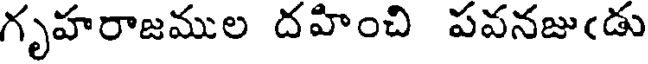
గృహరాజముల దహించి పవనజు(డు